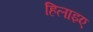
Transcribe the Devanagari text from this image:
हिलाइए